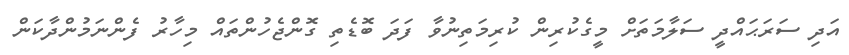
އަދި ސަރަޙައްދީ ސަލާމަތަށް މީގެކުރިން ކުރިމަތިނުވާ ފަދަ ބޮޑެތި ގޮންޖެހުންތައް މިހާރު ފެންނަމުންދާކަން